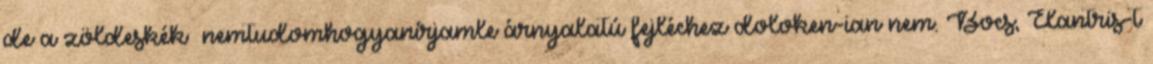
de a zöldeskék nemtudomhogyanírjamle árnyalatú fejléchez doloken-ian nem. Bocs, Elantris-t